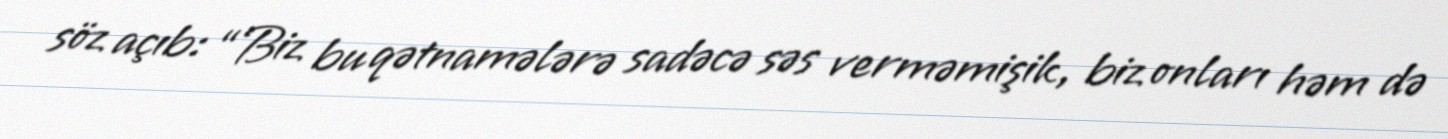
söz açıb: “Biz bu qətnamələrə sadəcə səs verməmişik, biz onları həm də